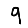
Digit: 9